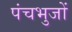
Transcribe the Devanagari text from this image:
पंचभुजों